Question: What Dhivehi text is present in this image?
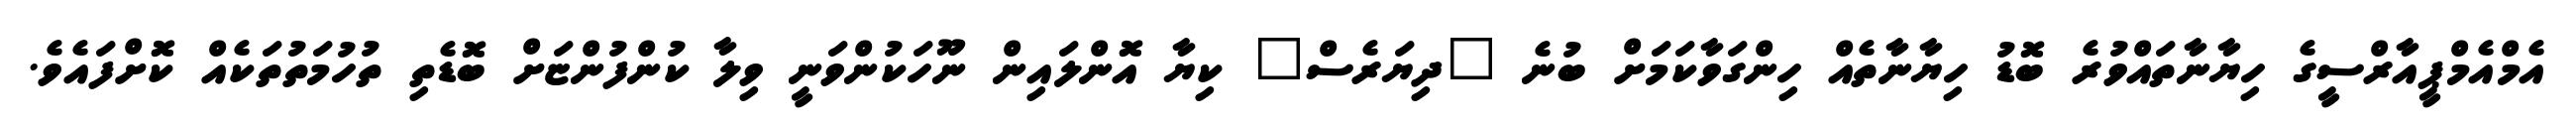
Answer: އެމްއެމްޕީއާރްސީގެ ހިޔާނާތައްވުރެ ބޮޑު ހިޔާނާތެއް ހިންގަވާކަމަށް ބުނެ "ދިޔަރެސް" ކިޔާ އޮންލައިން ނޫހަކުންވަނީ ވިލާ ކުންފުންޏަށް ބޮޑެތި ތުހުމަތުތަކެއް ކޮށްފައެވެ.